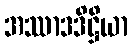
အဿာဒဒိဋ္ဌိယာ